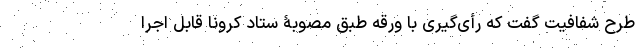
طرح شفافیت گفت که رأی‌گیری با ورقه طبق مصوبۀ ستاد کرونا قابل اجرا